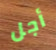
أجل